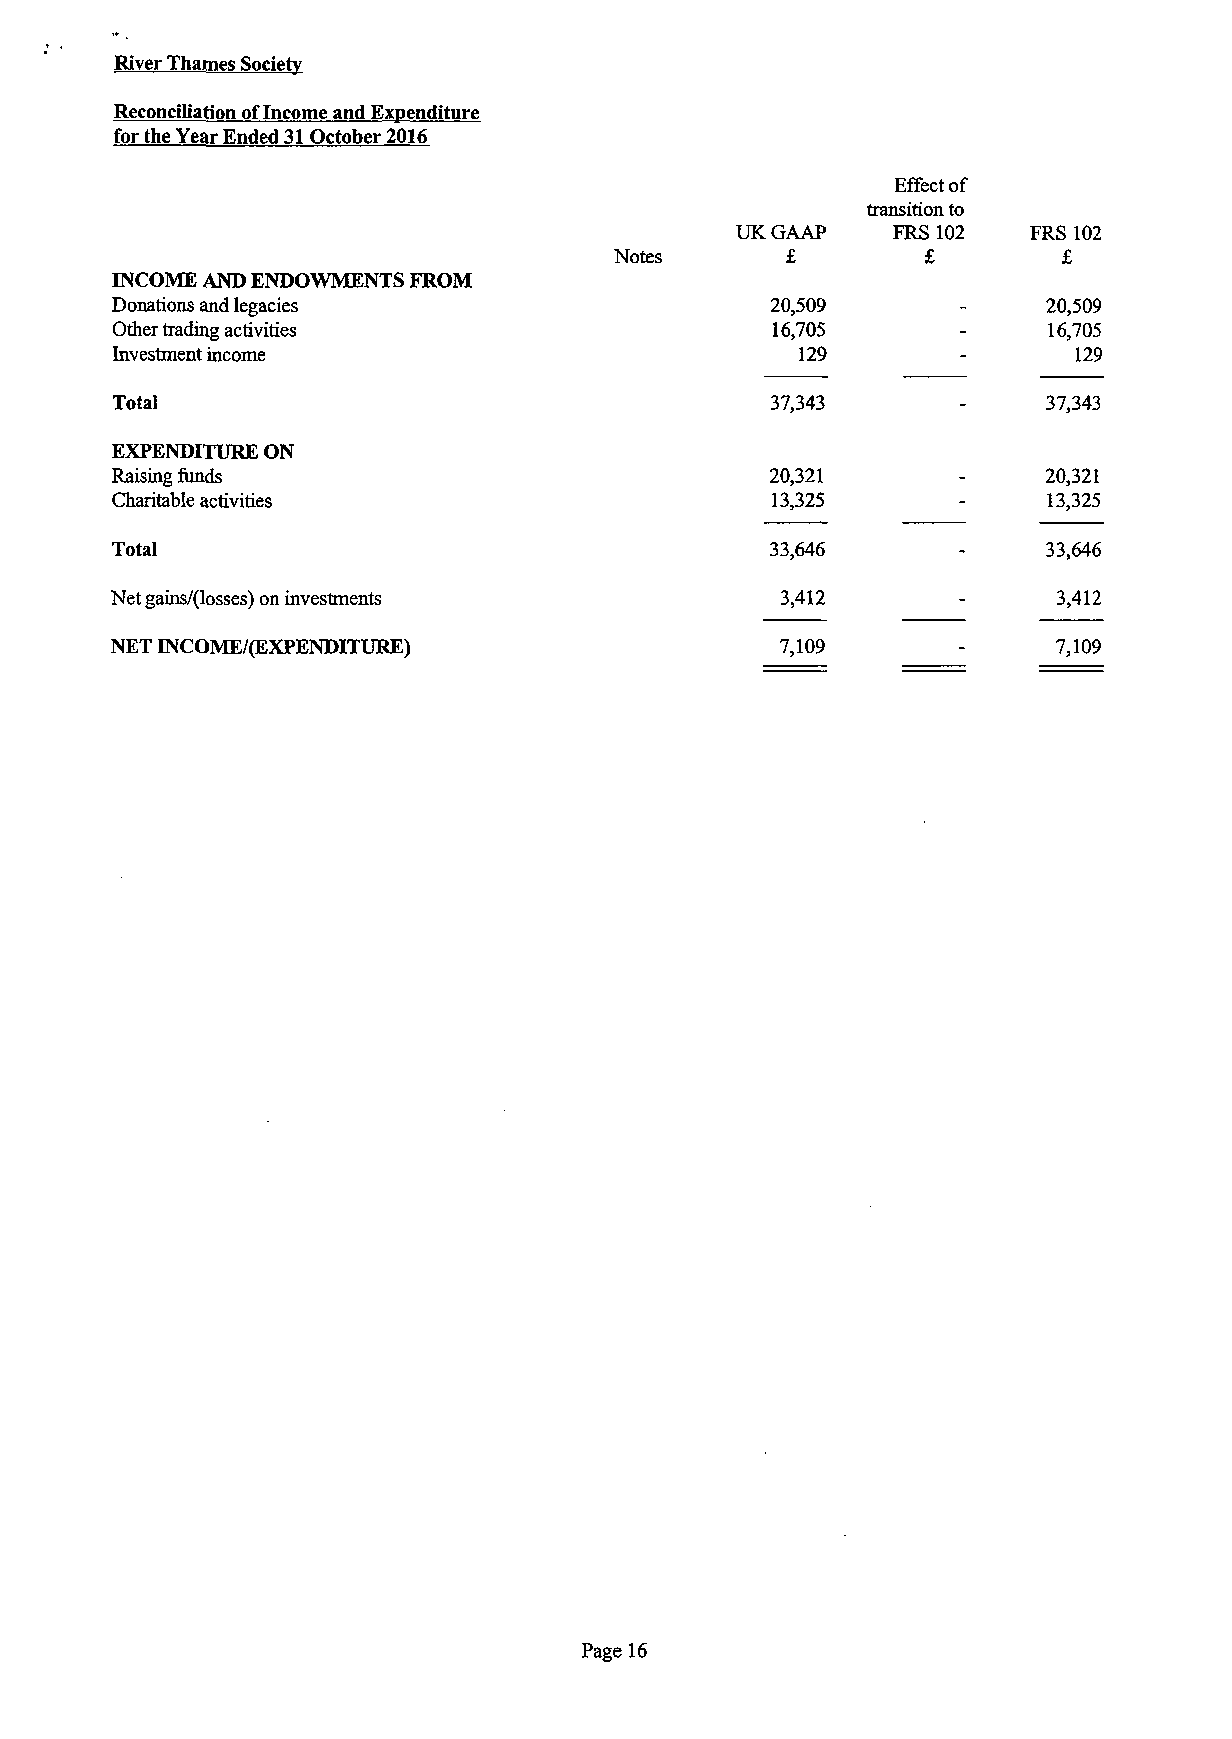
River Thames Society
 Reconciliation of Income and Expenditure
 for the Year Ended 31 October 2016
 Effect of
 transition to
 UK GAAP   FRS 102  FRS 102
 Notes      £        £        £
 INCOME AND ENDOWMENTS FROM
 Donations and legacies                      20,509       -    20,509
 Other trading activities                    16,705       -    16,705
 Investment income                             129        -      129
 Total                                       37,343       -    37,343
 EXPENDITURE ON
 Raising funds                               20,321       -    20,321
 Charitable activities                       13,325       -    13,325
 Total                                       33,646       -    33,646
 Net gains/(losses) on investments            3,412       -     3,412
 NET INCOME/(EXPENDITURE)                     7,109       -     7,109
 Page 16